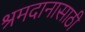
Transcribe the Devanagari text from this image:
श्रमदानासाठी